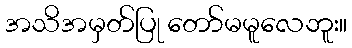
အသိအမှတ်ပြု တော်မမူလေဘူး။